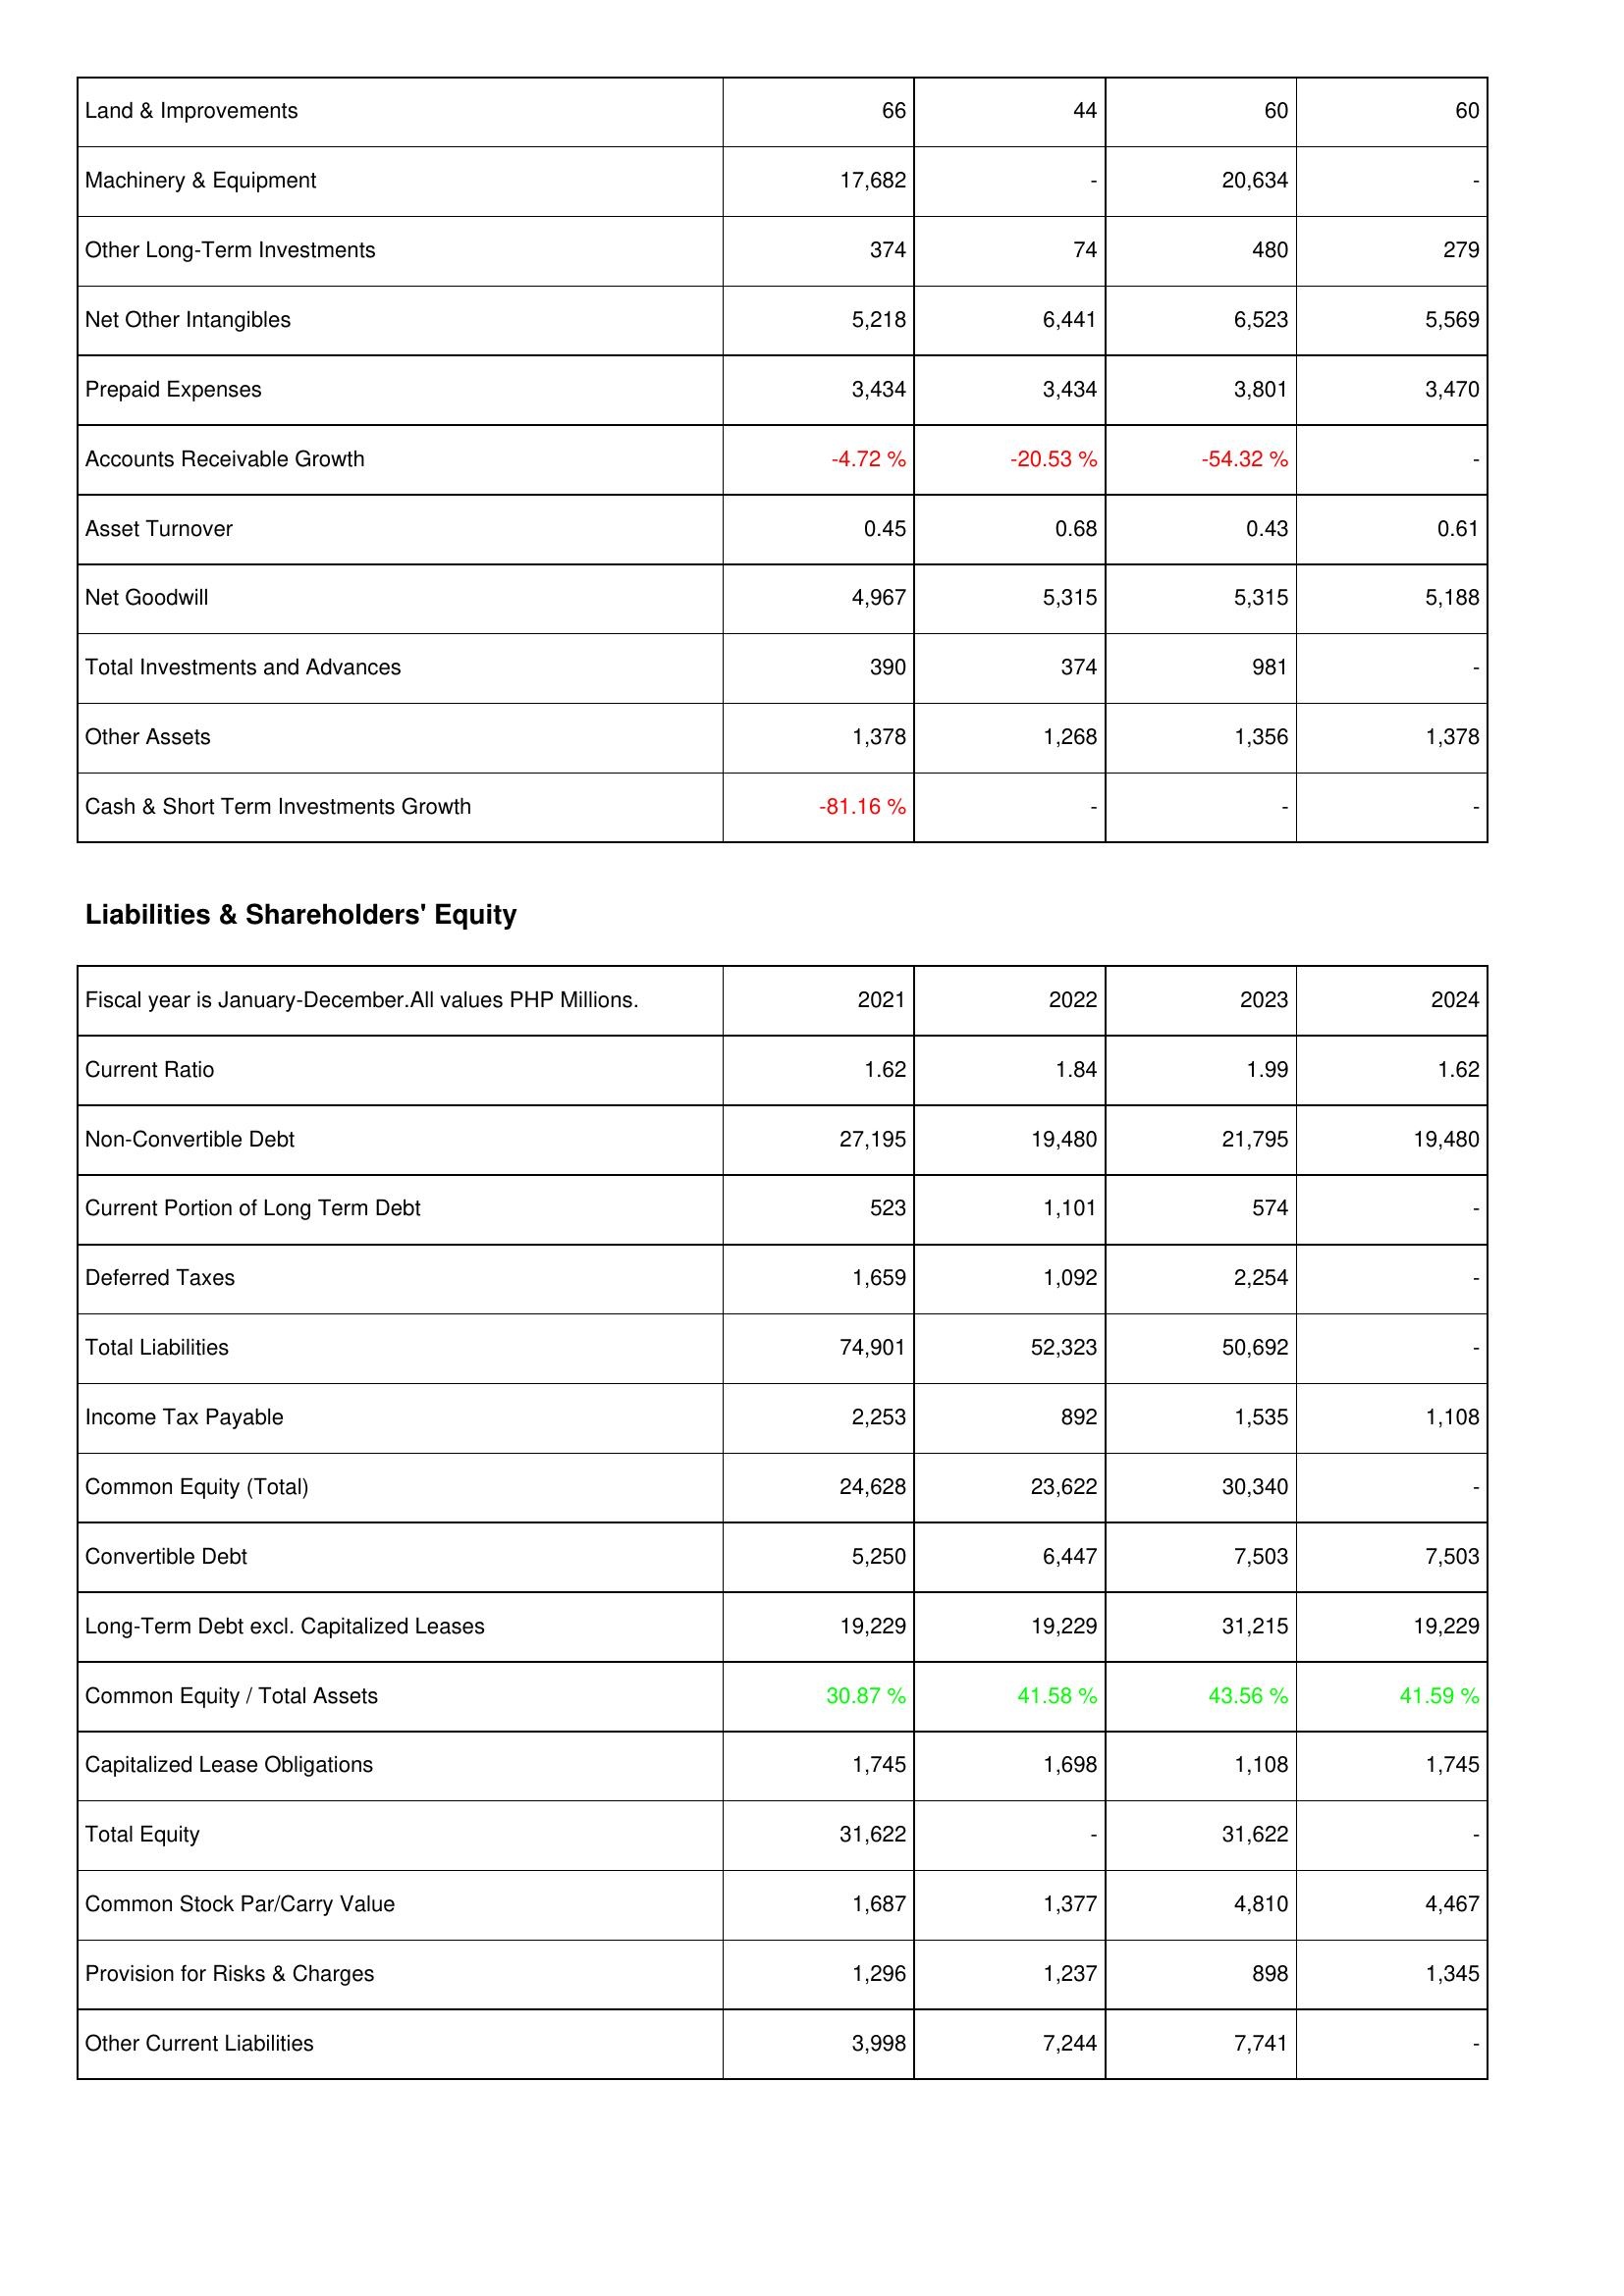
2021: Assets: Land & Improvements: 66
Machinery & Equipment: 17,682
Other Long-Term Investments: 374
Net Other Intangibles: 5,218
Prepaid Expenses: 3,434
Accounts Receivable Growth: -4.72 %
Asset Turnover: 0.45
Net Goodwill: 4,967
Total Investments and Advances: 390
Other Assets: 1,378
Cash & Short Term Investments Growth: -81.16 %
Liabilities & Shareholders' Equity: Current Ratio: 1.62
Non-Convertible Debt: 27,195
Current Portion of Long Term Debt: 523
Deferred Taxes: 1,659
Total Liabilities: 74,901
Income Tax Payable: 2,253
Common Equity (Total): 24,628
Convertible Debt: 5,250
Long-Term Debt excl. Capitalized Leases: 19,229
Common Equity / Total Assets: 30.87 %
Capitalized Lease Obligations: 1,745
Total Equity: 31,622
Common Stock Par/Carry Value: 1,687
Provision for Risks & Charges: 1,296
Other Current Liabilities: 3,998
2022: Assets: Land & Improvements: 44
Machinery & Equipment: -
Other Long-Term Investments: 74
Net Other Intangibles: 6,441
Prepaid Expenses: 3,434
Accounts Receivable Growth: -20.53 %
Asset Turnover: 0.68
Net Goodwill: 5,315
Total Investments and Advances: 374
Other Assets: 1,268
Cash & Short Term Investments Growth: -
Liabilities & Shareholders' Equity: Current Ratio: 1.84
Non-Convertible Debt: 19,480
Current Portion of Long Term Debt: 1,101
Deferred Taxes: 1,092
Total Liabilities: 52,323
Income Tax Payable: 892
Common Equity (Total): 23,622
Convertible Debt: 6,447
Long-Term Debt excl. Capitalized Leases: 19,229
Common Equity / Total Assets: 41.58 %
Capitalized Lease Obligations: 1,698
Total Equity: -
Common Stock Par/Carry Value: 1,377
Provision for Risks & Charges: 1,237
Other Current Liabilities: 7,244
2023: Assets: Land & Improvements: 60
Machinery & Equipment: 20,634
Other Long-Term Investments: 480
Net Other Intangibles: 6,523
Prepaid Expenses: 3,801
Accounts Receivable Growth: -54.32 %
Asset Turnover: 0.43
Net Goodwill: 5,315
Total Investments and Advances: 981
Other Assets: 1,356
Cash & Short Term Investments Growth: -
Liabilities & Shareholders' Equity: Current Ratio: 1.99
Non-Convertible Debt: 21,795
Current Portion of Long Term Debt: 574
Deferred Taxes: 2,254
Total Liabilities: 50,692
Income Tax Payable: 1,535
Common Equity (Total): 30,340
Convertible Debt: 7,503
Long-Term Debt excl. Capitalized Leases: 31,215
Common Equity / Total Assets: 43.56 %
Capitalized Lease Obligations: 1,108
Total Equity: 31,622
Common Stock Par/Carry Value: 4,810
Provision for Risks & Charges: 898
Other Current Liabilities: 7,741
2024: Assets: Land & Improvements: 60
Machinery & Equipment: -
Other Long-Term Investments: 279
Net Other Intangibles: 5,569
Prepaid Expenses: 3,470
Accounts Receivable Growth: -
Asset Turnover: 0.61
Net Goodwill: 5,188
Total Investments and Advances: -
Other Assets: 1,378
Cash & Short Term Investments Growth: -
Liabilities & Shareholders' Equity: Current Ratio: 1.62
Non-Convertible Debt: 19,480
Current Portion of Long Term Debt: -
Deferred Taxes: -
Total Liabilities: -
Income Tax Payable: 1,108
Common Equity (Total): -
Convertible Debt: 7,503
Long-Term Debt excl. Capitalized Leases: 19,229
Common Equity / Total Assets: 41.59 %
Capitalized Lease Obligations: 1,745
Total Equity: -
Common Stock Par/Carry Value: 4,467
Provision for Risks & Charges: 1,345
Other Current Liabilities: -